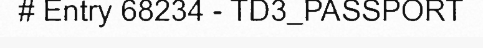
# Entry 68234 - TD3_PASSPORT